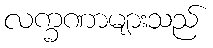
လက္ခဏာများသည်